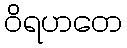
ဝိရဟတေ